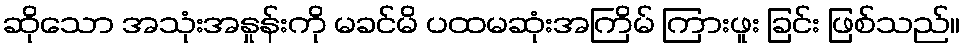
ဆိုသော အသုံးအနှုန်းကို မခင်မိ ပထမဆုံးအကြိမ် ကြားဖူး ခြင်း ဖြစ်သည်။